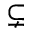
\subsetneq